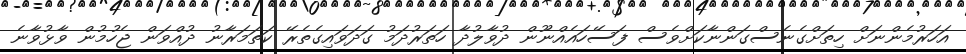
އަހަރުމެންނަށް ހިތަށްގެނެސްގަންނާކަށްވެސް ފަސޭހައެއްނޫން ދުވާލުދާ ހަތަރުދަމު ގަދަވައިގެތެރޭ ކަތަމަރާނު ދުއްވަން ޖެހުމުން ވާޅުވާނެ